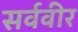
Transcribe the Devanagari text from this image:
सर्ववीर